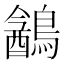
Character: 䳺